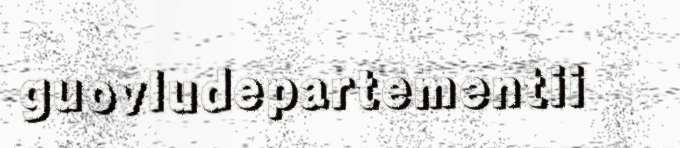
guovludepartementii